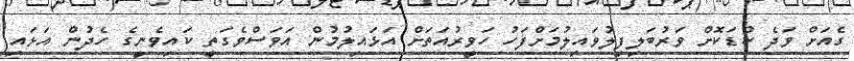
ގެއަށް ވަދެ ކުޑަކޮށް ވަރުބަލިފިލުވައިލުމަށްފަހު ހަވީރުއަތަށް އަޅައިލުމުން އަވަސްވެގަތީ ކައިވެނީގެ ހެދުން އަޅައި